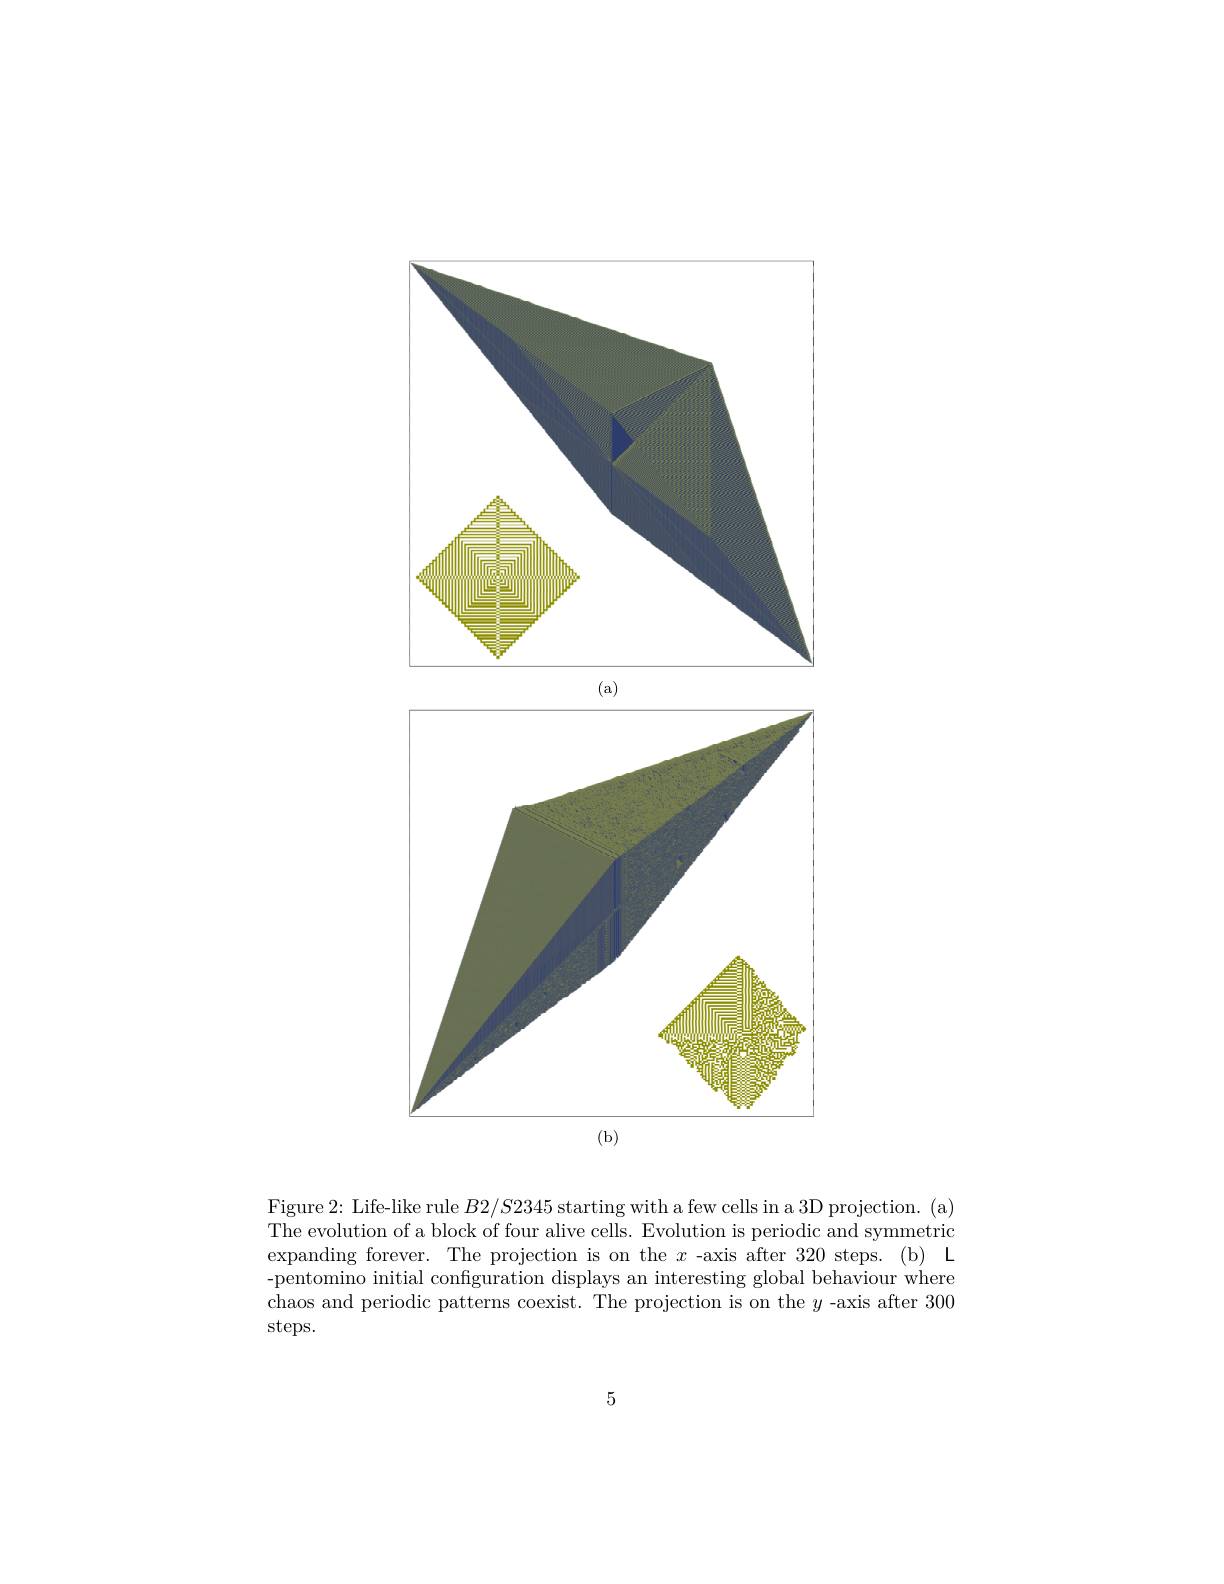
<FigureHere>
(b)

Figure 2: Life-like rule $B2/S2345$ starting with a few cells in a 3D projection. (a) The evolution of a block of four alive cells. Evolution is periodic and symmetric expanding forever. The projection is on the $x$ -axis after 320 steps.(b) L -pentomino initial configuration displays an interesting global behaviour where chaos and periodic patterns coexist. The projection is on the $y$-axis after 300 steps.

5